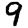
Digit: 9